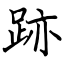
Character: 跡